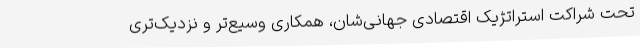
تحت شراکت استراتژیک اقتصادی جهانی‌شان، همکاری وسیع‌تر و نزدیک‌تری